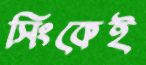
সিংকেই